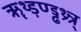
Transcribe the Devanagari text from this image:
ॠथ्ड़ण्ड्ढथ्र्न्र्